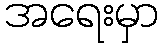
အရေးမှာ